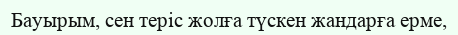
Бауырым, сен теріс жолға түскен жандарға ерме,